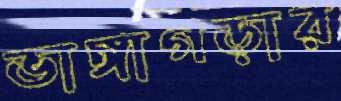
ভাঙ্গাগড়ার